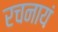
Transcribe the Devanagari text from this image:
रचनायं